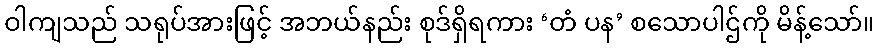
ဝါကျသည် သရုပ်အားဖြင့် အဘယ်နည်း စုဒ်ရှိရကား ‘တံ ပန’ စသောပါဌ်ကို မိန့်သော်။